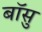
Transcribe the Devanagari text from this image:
बॉसु